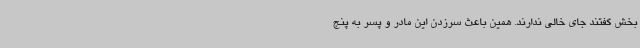
بخش گفتند جای خالی ندارند. همین باعث سرزدن این مادر و پسر به پنج